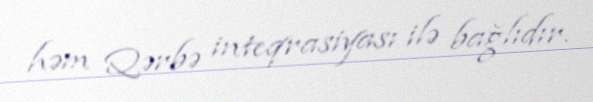
həm Qərbə inteqrasiyası ilə bağlıdır.